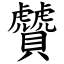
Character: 贙